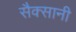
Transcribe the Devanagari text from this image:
सैक्सानी